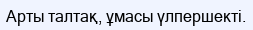
Арты талтақ, ұмасы үлпершекті.